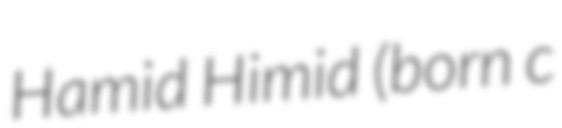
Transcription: Hamid Himid (born c